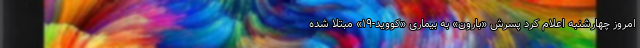
امروز چهارشنبه اعلام کرد پسرش «بارون» به بیماری «کووید-۱۹» مبتلا شده